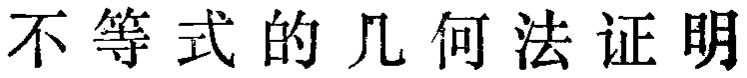
不等式的几何法证明